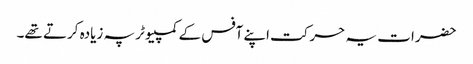
حضرات یہ حرکت اپنے آفس کے کمپیوٹر پہ زیادہ کرتے تھے۔